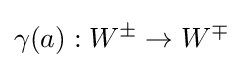
\gamma (a):W^{\pm }\to W^{\mp }